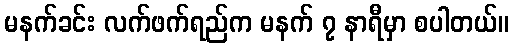
မနက်ခင်း လက်ဖက်ရည်က မနက် ၇ နာရီမှာ စပါတယ်။